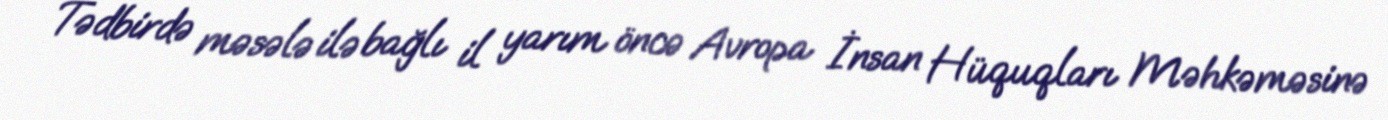
Tədbirdə məsələ ilə bağlı il yarım öncə Avropa İnsan Hüquqları Məhkəməsinə